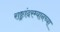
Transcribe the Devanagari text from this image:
राष्ट्रांदरम्यानच्या